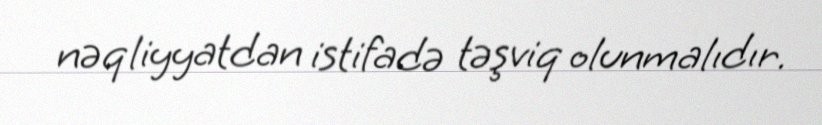
nəqliyyatdan istifadə təşviq olunmalıdır.